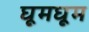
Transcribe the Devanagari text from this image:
घूमघूम